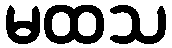
မထသ